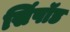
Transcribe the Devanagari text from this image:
सिंपॉड